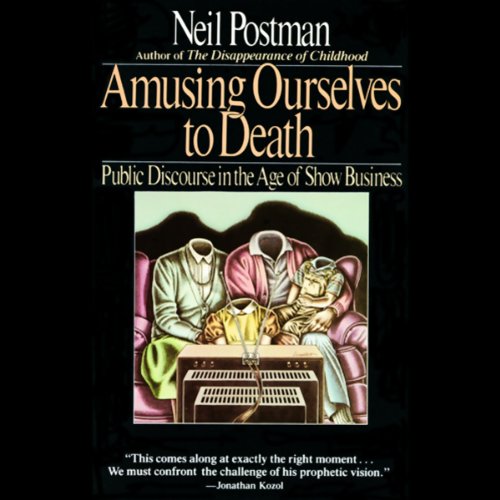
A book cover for Amusing Ourselves to Death: Public Discourse in the Age of Show Business; Neil Postman; Politics & Social Sciences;